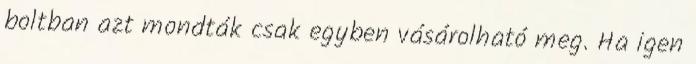
boltban azt mondták csak egyben vásárolható meg. Ha igen